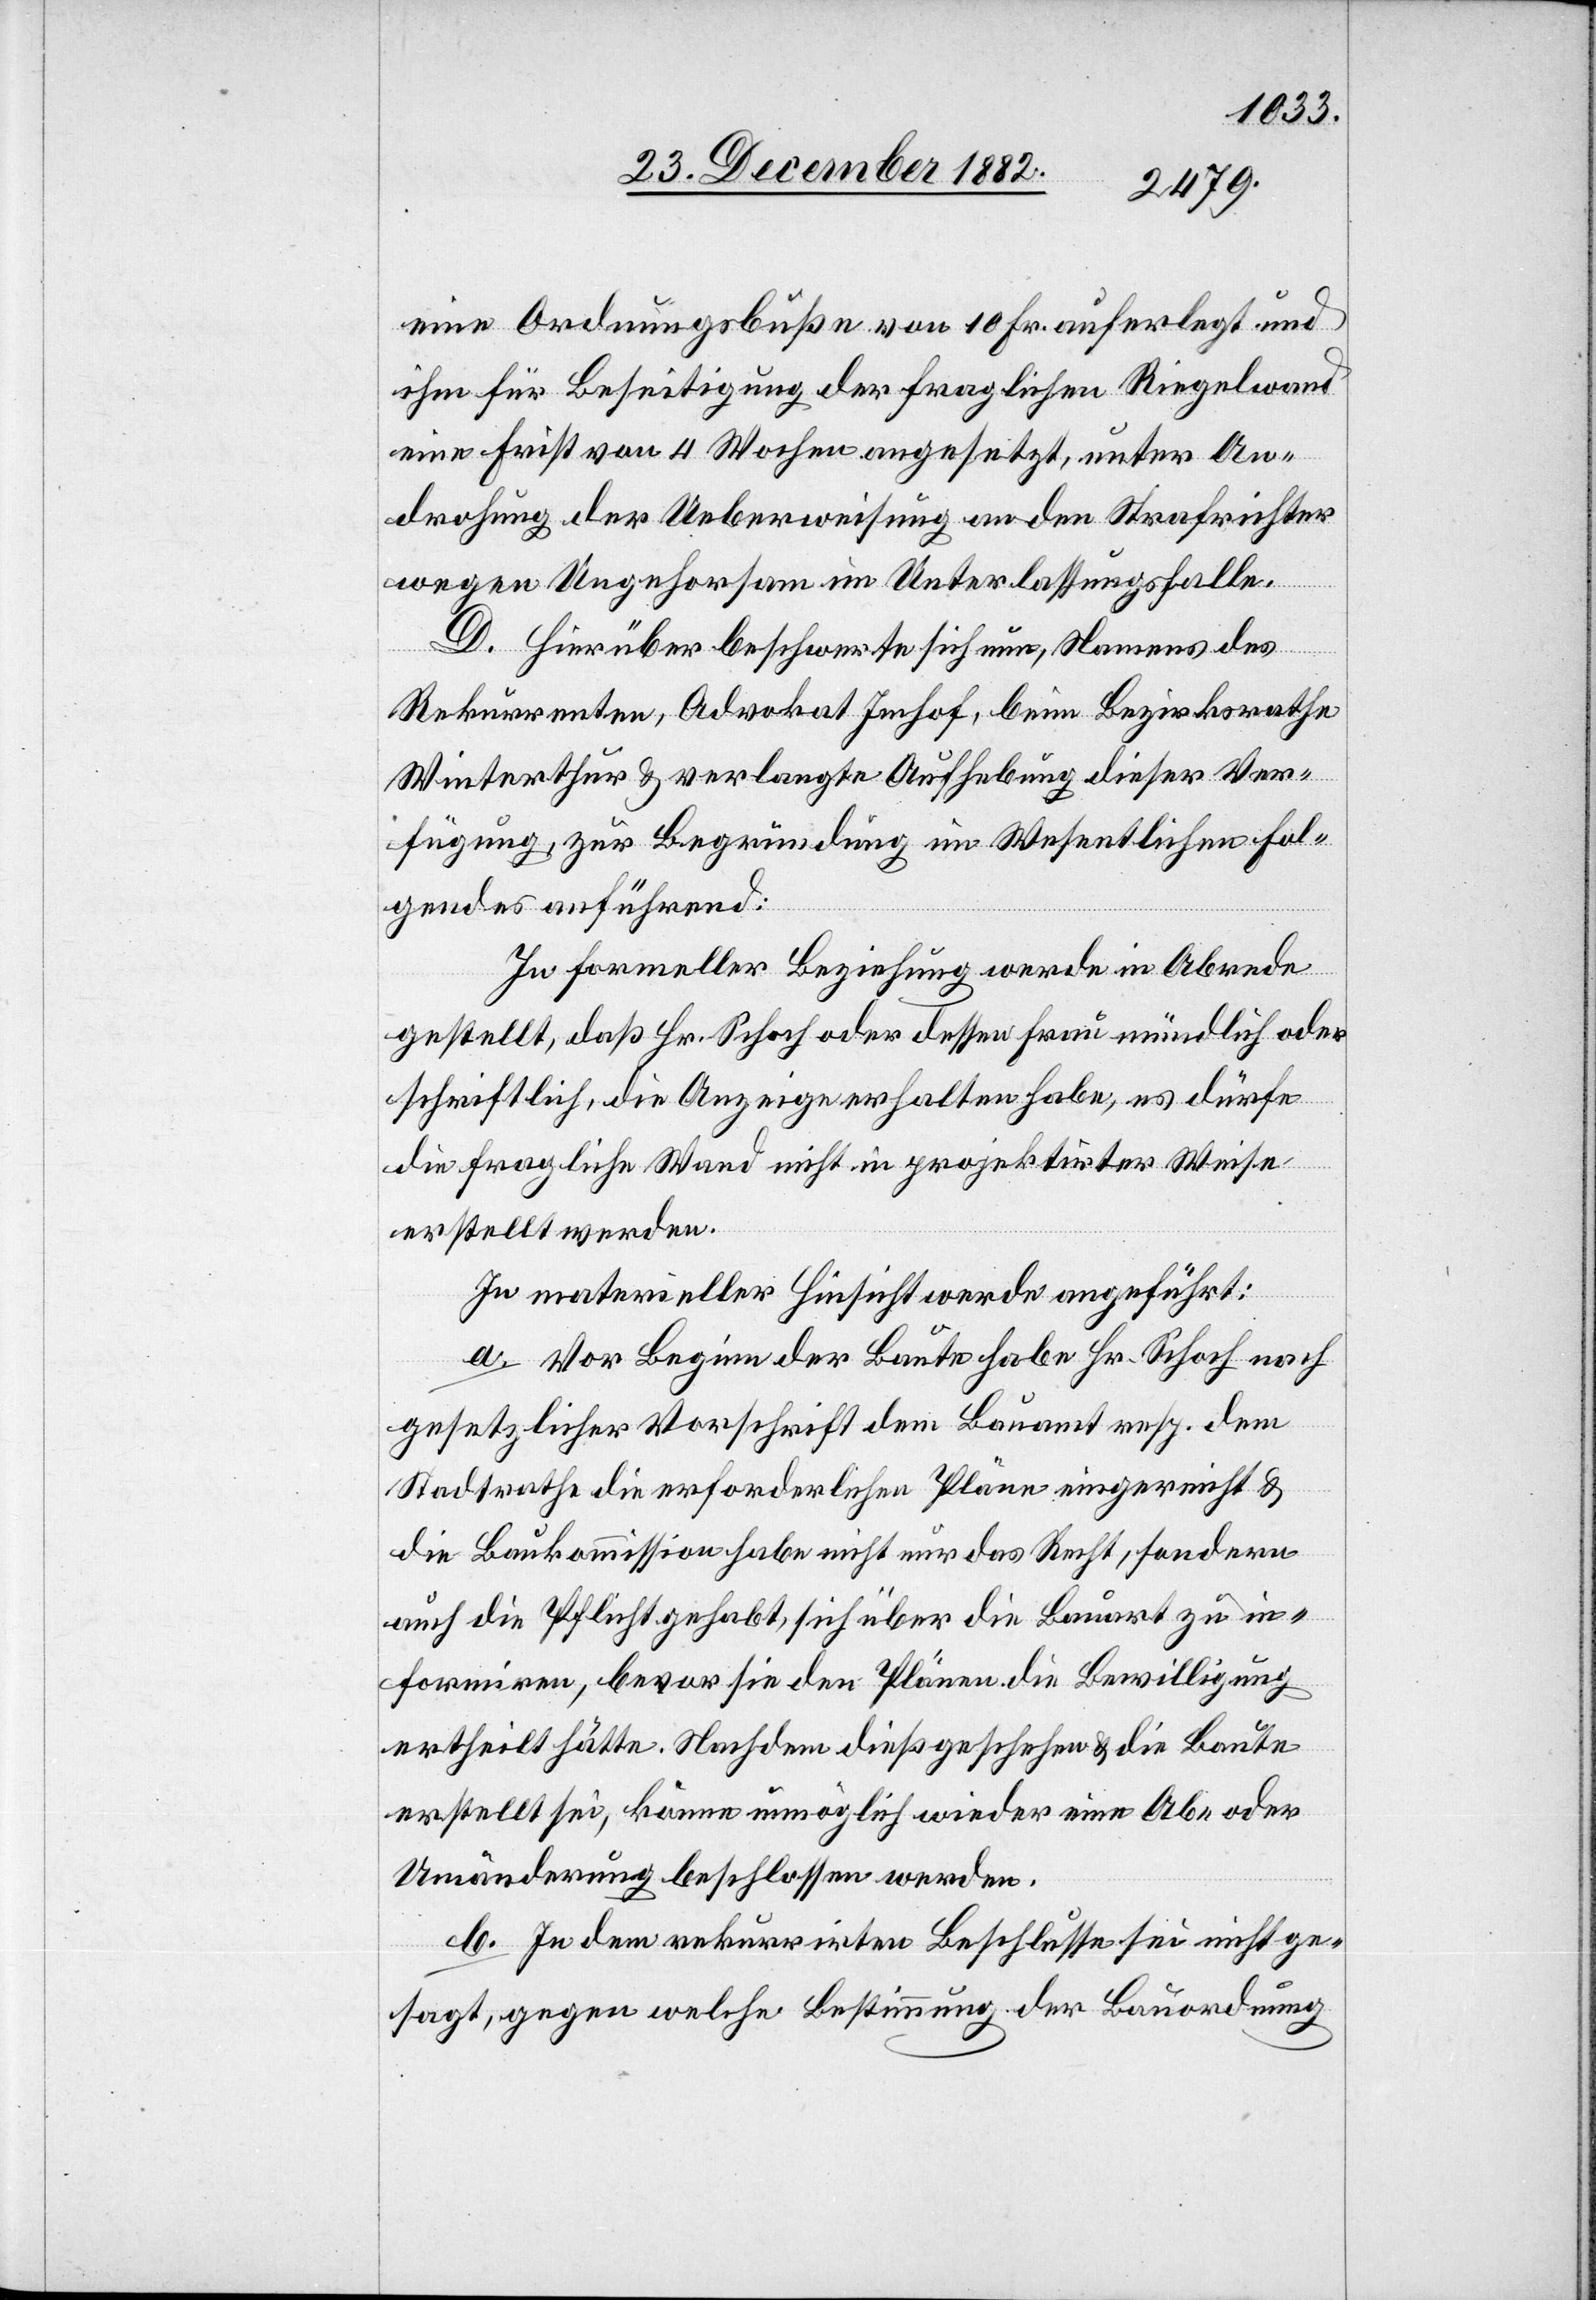
eine Ordnungsbuße von 10 Fr. auferlegt und
ihm für Beseitigung der fraglichen Riegelwand
eine Frist von 4 Wochen angesetzt, unter An¬
drohung der Ueberweisung an den Strafrichter
wegen Ungehorsam im Unterlassungsfalle.
D. Hierüber beschwerte sich nun, Namens des
Rekurrenten, Advokat Imhof, beim Bezirksrathe
Winterthur & verlangte Aufhebung dieser Ver¬
fügung, zur Begründung im Wesentlichen Fol¬
gendes anführend:
In formeller Beziehung werde in Abrede
gestellt, daß Hr. Schoch oder dessen Frau mündlich oder
schriftlich, die Anzeige erhalten habe, es dürfe
die fragliche Wand nicht in projektirter Weise
erstellt werden.
In materieller Hinsicht werde angeführt:
a. Vor Beginn der Baute habe Hr. Schoch nach
gesetzlicher Vorschrift dem Bauamt resp. dem
Stadtrathe die erforderlichen Pläne eingereicht &
die Baukommission habe nicht nur das Recht, sondern
auch die Pflicht gehabt, sich über die Bauart zu in¬
formiren, bevor sie den Plänen die Bewilligung
ertheilt hätte. Nachdem dieß geschehen & die Baute
erstellt sei, könne unmöglich wieder eine Ab- oder
Umänderung beschlossen werden.
b. In dem rekurrirten Beschlusse sei nicht ge¬
sagt, gegen welche Bestimmung der Bauordnung